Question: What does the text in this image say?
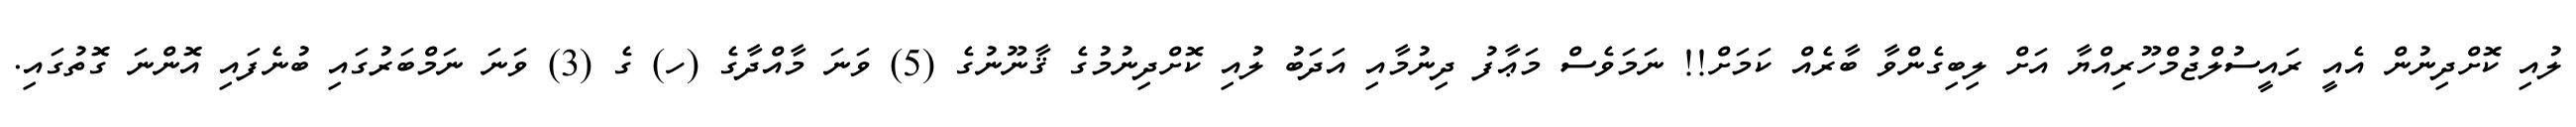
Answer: ލުއި ކޮށްދިނުން އެއީ ރައީސުލްޖުމްހޫރިއްޔާ އަށް ލިބިގެންވާ ބާރެއް ކަމަށް!! ނަމަވެސް މަޢާފު ދިނުމާއި އަދަބު ލުއި ކޮށްދިނުމުގެ ޤާނޫނުގެ (5) ވަނަ މާއްދާގެ (ހ) ގެ (3) ވަނަ ނަމްބަރުގައި ބުނެފައި އޮންނަ ގޮތުގައި.